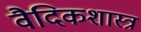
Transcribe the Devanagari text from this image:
वैदिकशास्त्र